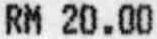
RM 20.00